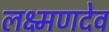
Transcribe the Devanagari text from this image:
लक्ष्‍मणदेव